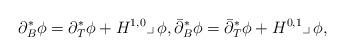
LaTeX: \begin{align*}\partial^*_B \phi =\partial_T^*\phi +H^{1,0}\lrcorner\,\phi,\bar\partial_B^*\phi=\bar\partial_T^*\phi +H^{0,1}\lrcorner\,\phi,\end{align*}